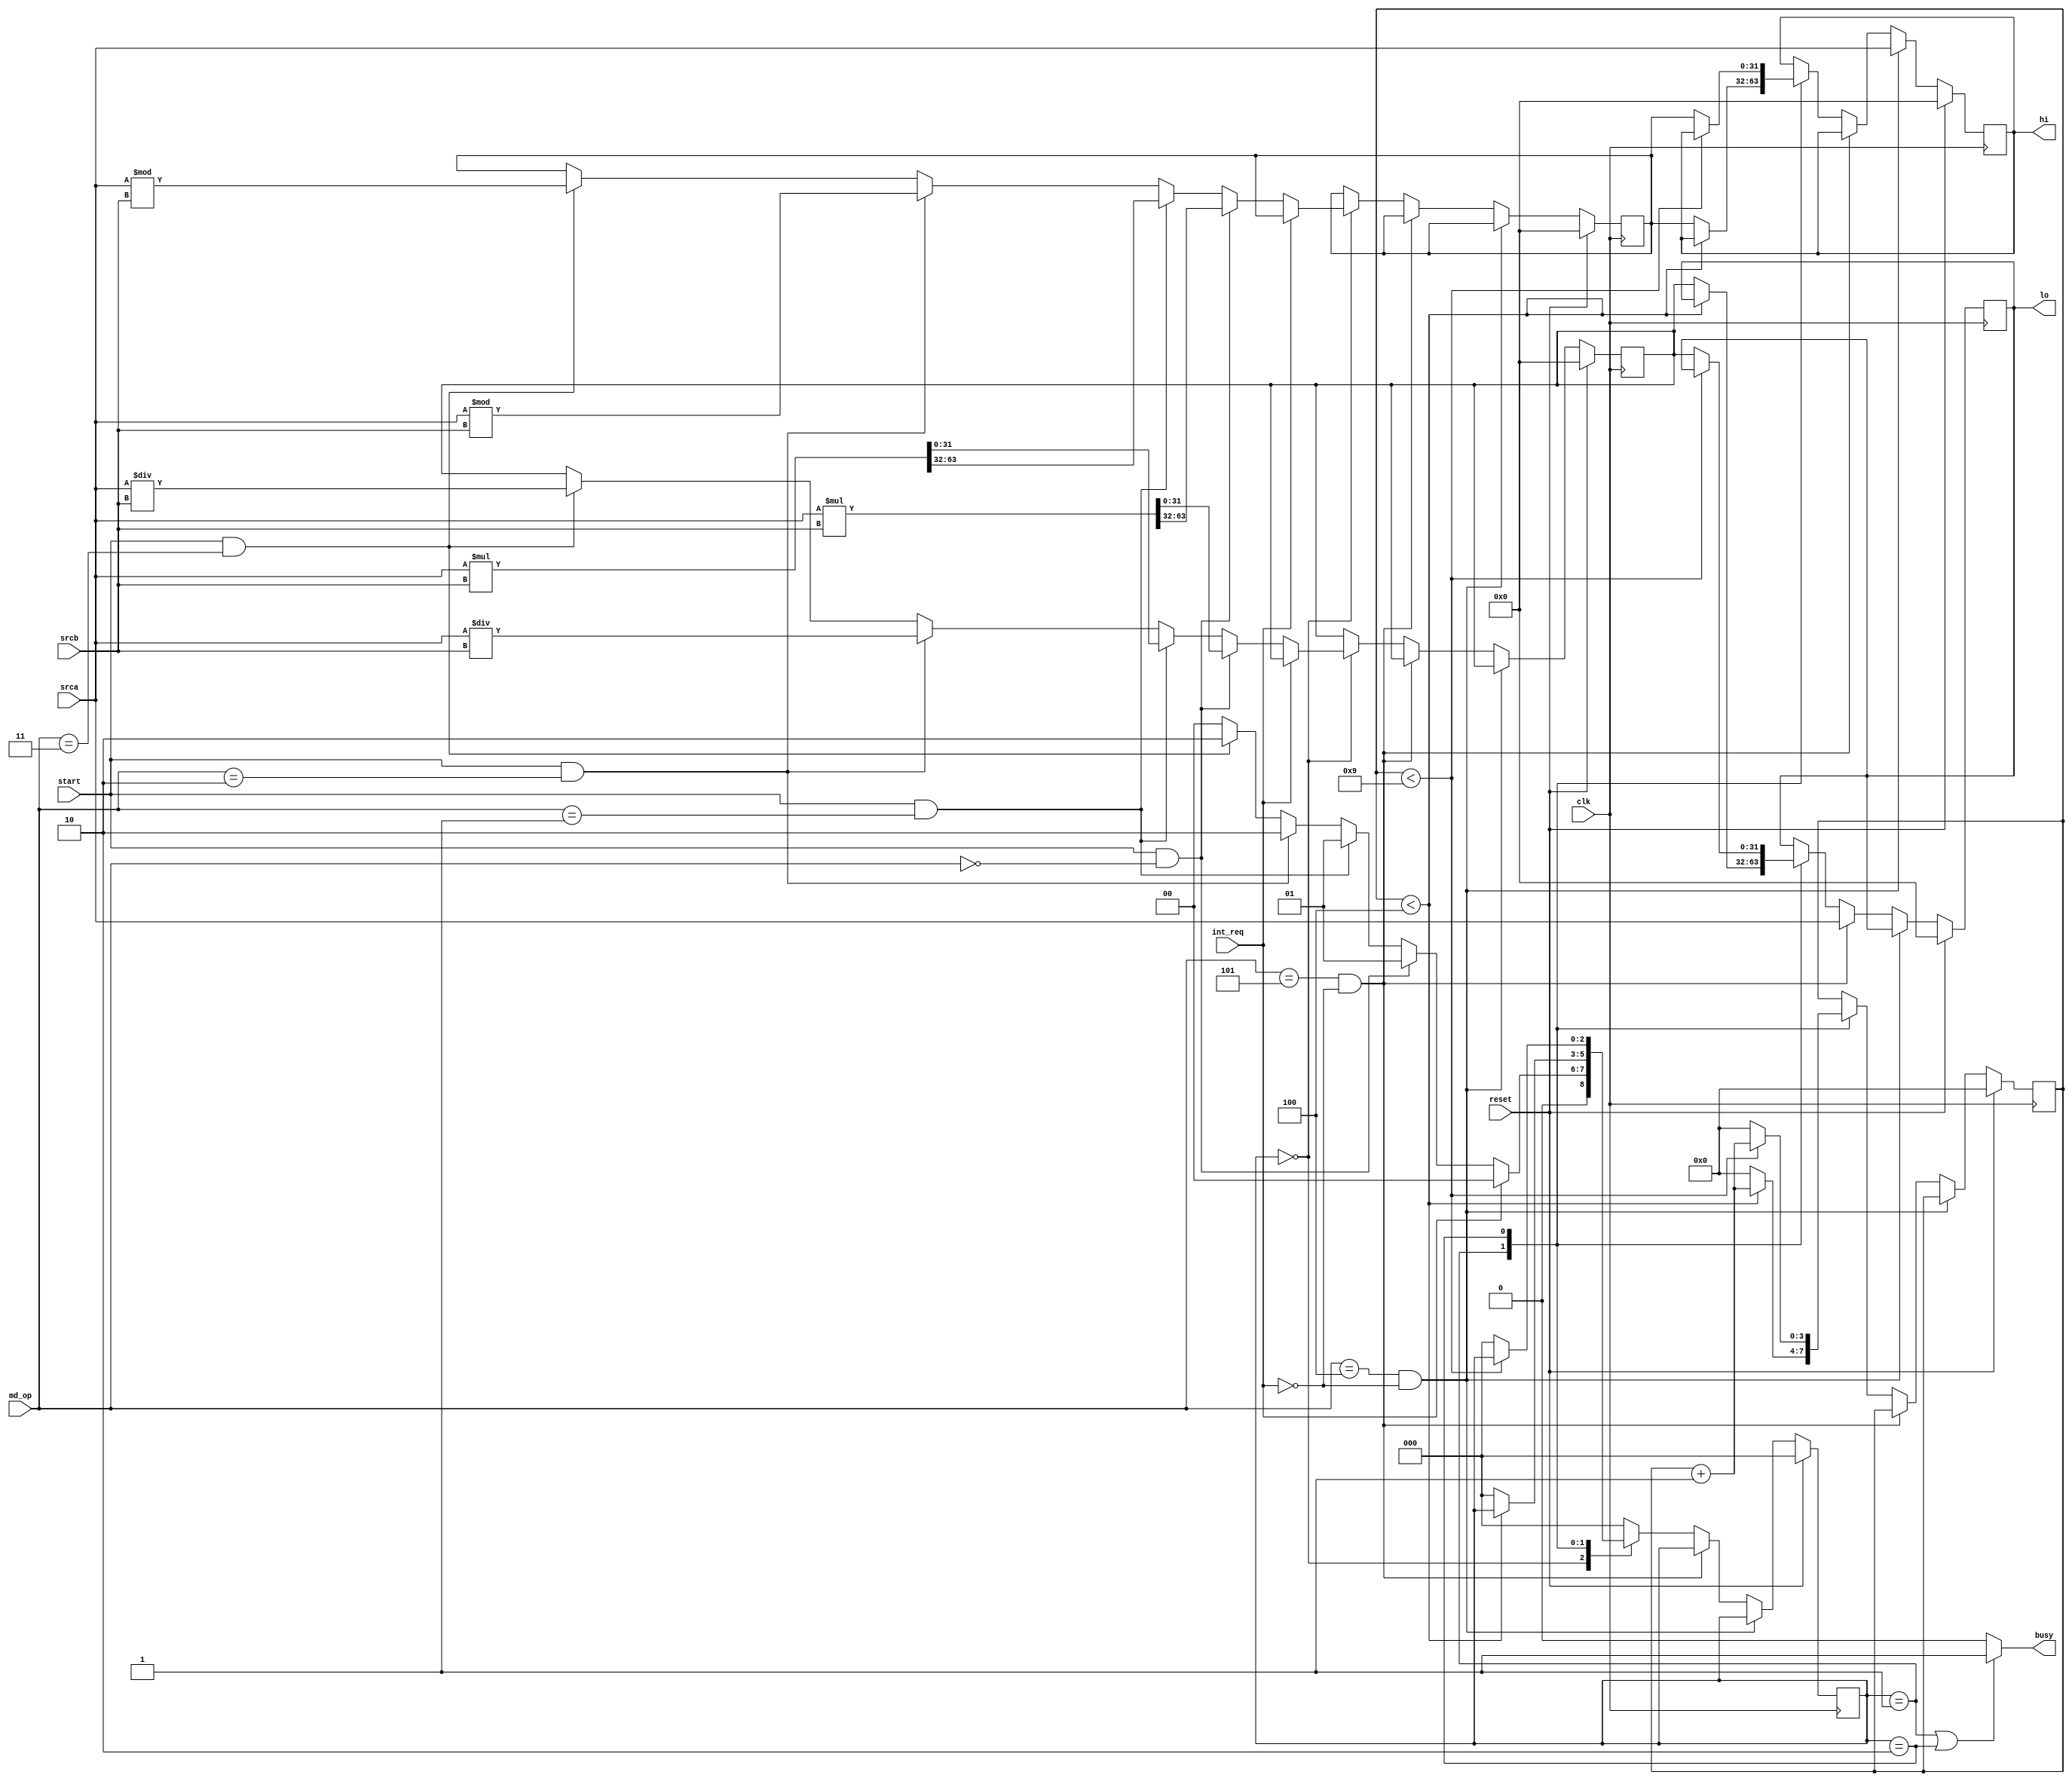
module md (
    input wire clk,
    input wire reset,
    input wire start,
    input wire[2:0] md_op,
    input wire[31:0] srca,
    input wire[31:0] srcb,
    input wire int_req,
    output wire busy,
    output reg[31:0] hi,
    output reg[31:0] lo
);
    //md_op:--------
    // 3'b000:mult
    // 3'b001:multu
    // 3'b010:div
    // 3'b011:divu
    //3'b100: MTHI
    //3'b101: MTLO
    //---------------

    //state:---------
    //3'b000:reset
    //3'b001:mult(u)
    //3'b010:div(u)
    //---------------

    reg [31:0] temp_hi,temp_lo;
    reg [3:0] ret;
    reg [2:0] state;
    reg r_busy;

    assign busy = r_busy;

    always @(posedge clk) begin
        if(reset) begin
            temp_hi <= 0;
            temp_lo <= 0;
            hi <= 0;
            lo <= 0;
            ret <= 0;
            state <= 0;
        end else if(md_op==3'b100&&int_req==0)begin
            hi <= srca;
        end else if(md_op==3'b101&&int_req==0)begin
            lo <= srca;
        end else begin
           case (state)
                3'b000:if(int_req) state <= 3'b000;
                       else if(start==1'b1&&md_op==3'b000) begin
                            {temp_hi,temp_lo} <= $signed(srca) * $signed(srcb);
                            state <= 3'b001;
                       end else if(start==1'b1&&md_op==3'b001) begin 
                            {temp_hi,temp_lo} <= srca * srcb;
                            state <= 3'b001;
                       end else if(start==1'b1&&md_op==3'b010) begin
                           temp_hi <= $signed(srca) % $signed(srcb);
                           temp_lo <= $signed(srca) / $signed(srcb);
                           state <= 3'b010;
                       end else if(start==1'b1&&md_op==3'b011) begin
                           temp_hi <= srca % srcb;
                           temp_lo <= srca / srcb;
                           state <= 3'b010;
                       end else state <= 3'b0;
                3'b001: if(ret<4) begin
                            ret <= ret + 1;
                       end else begin 
                            ret <= 0;
                            state <= 3'b0;
                            hi <= temp_hi;
                            lo <= temp_lo;
                       end
                3'b010: if(ret<9) begin
                            ret <= ret + 1;
                       end else begin
                            ret <= 0;
                            state <= 3'b0;
                            hi <= temp_hi;
                            lo <= temp_lo;
                       end
                default: state <= 3'b0;
           endcase 
        end
    end
    

    always @(*) begin
        if(state==3'b001||state==3'b010) r_busy = 1'b1;
        else r_busy = 1'b0;
    end
    
endmodule